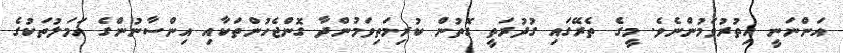
އަންނަނީ އިތުރުވަމުންނެވެ. މީގެ ތެރޭގައި ގުދުރަތީ ގޮތުން ކުރިމަތިވަމުންދާ ގޮންޖެހުންތަކާއި އިންސާނުންގެ އަމަލުތަކުގެ